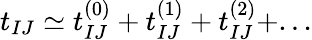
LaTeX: t_{IJ}\simeq t_{IJ}^{(0)}+t_{IJ}^{(1)}+t_{IJ}^{(2)}+...